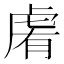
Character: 𧆴